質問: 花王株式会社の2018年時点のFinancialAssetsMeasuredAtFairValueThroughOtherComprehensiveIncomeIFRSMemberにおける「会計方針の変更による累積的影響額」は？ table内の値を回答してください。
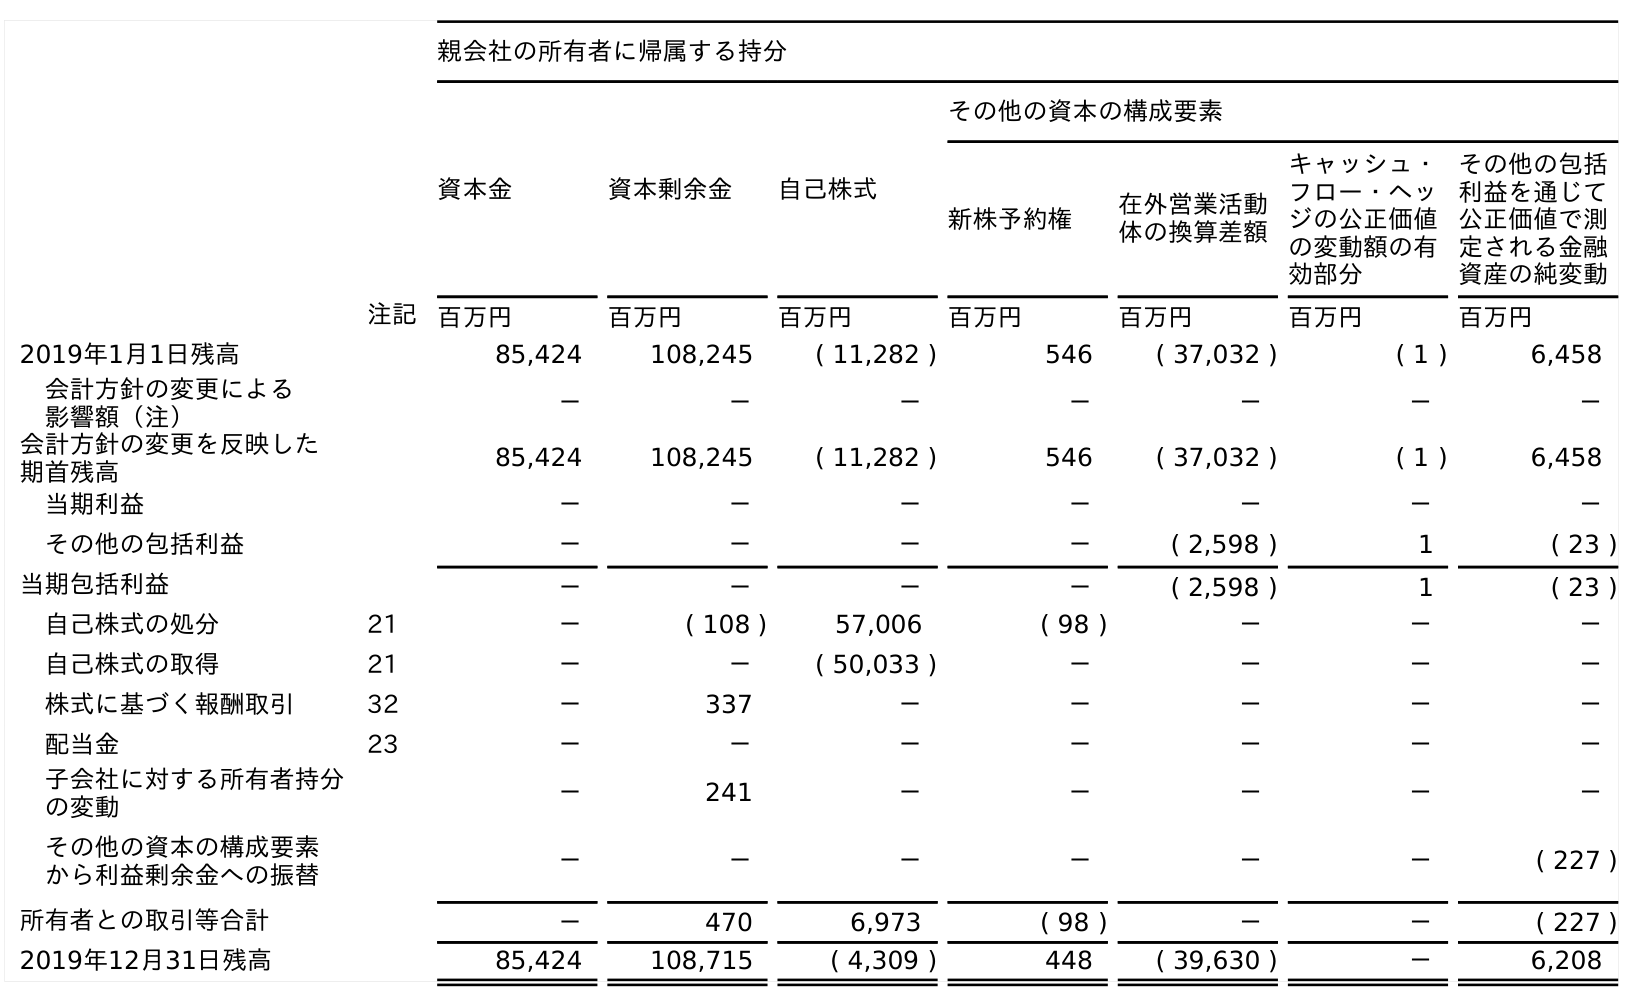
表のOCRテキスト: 親会社の所有者に帰属する持分 資本金 資本剰余金 自己株式 その他の資本の構成要素 新株予約権 在外営業活動 体の換算差額 キャッシュ・ フロー・ヘッ ジの公正価値 の変動額の有 効部分 その他の包括 利益を通じて 公正価値で測 定される金融 資産の純変動 注記 百万円 百万円 百万円 百万円 百万円 百万円 百万円 2019年1月1日残高 85,424 108,245 ( 11,282 ) 546 ( 37,032 ) ( 1 ) 6,458 会計方針の変更による 影響額（注） － － － － － － － 会計方針の変更を反映した 期首残高 85,424 108,245 ( 11,282 ) 546 ( 37,032 ) ( 1 ) 6,458 当期利益 － － － － － － － その他の包括利益 － － － － ( 2,598 ) 1 ( 23 ) 当期包括利益 － － － － ( 2,598 ) 1 ( 23 ) 自己株式の処分 21 － ( 108 ) 57,006 ( 98 ) － － － 自己株式の取得 21 － － ( 50,033 ) － － － － 株式に基づく報酬取引 32 － 337 － － － － － 配当金 23 － － － － － － － 子会社に対する所有者持分 の変動 － 241 － － － － － その他の資本の構成要素 から利益剰余金への振替 － － － － － － ( 227 ) 所有者との取引等合計 － 470 6,973 ( 98 ) － － ( 227 ) 2019年12月31日残高 85,424 108,715 ( 4,309 ) 448 ( 39,630 ) － 6,208
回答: －